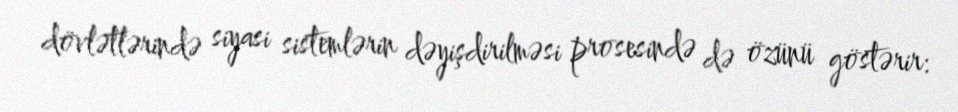
dövlətlərində siyasi sistemlərin dəyişdirilməsi prosesində də özünü göstərir: